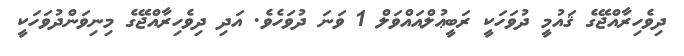
ދިވެހިރާއްޖޭގެ ޤައުމީ ދުވަހަކީ ރަބީޢުލްއައްވަލް 1 ވަނަ ދުވަހެވެ. އަދި ދިވެހިރާއްޖޭގެ މިނިވަންދުވަހަކީ